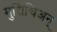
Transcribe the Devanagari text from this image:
मुसिचिअन्